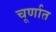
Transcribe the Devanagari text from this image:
चूर्णात